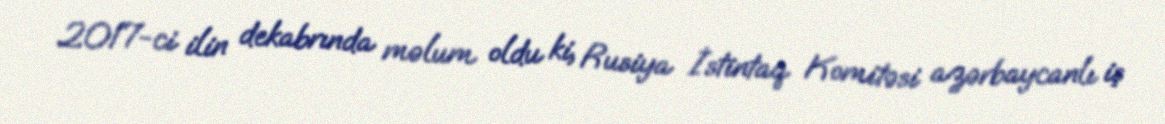
2017-ci ilin dekabrında məlum oldu ki, Rusiya İstintaq Komitəsi azərbaycanlı iş